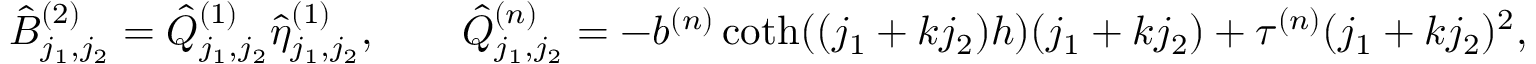
\hat { B } _ { j _ { 1 } , j _ { 2 } } ^ { ( 2 ) } = \hat { Q } _ { j _ { 1 } , j _ { 2 } } ^ { ( 1 ) } \hat { \eta } _ { j _ { 1 } , j _ { 2 } } ^ { ( 1 ) } , \qquad \hat { Q } _ { j _ { 1 } , j _ { 2 } } ^ { ( n ) } = - b ^ { ( n ) } \coth ( ( j _ { 1 } + k j _ { 2 } ) h ) ( j _ { 1 } + k j _ { 2 } ) + \tau ^ { ( n ) } ( j _ { 1 } + k j _ { 2 } ) ^ { 2 } ,